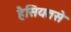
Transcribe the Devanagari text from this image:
हैसियतसे